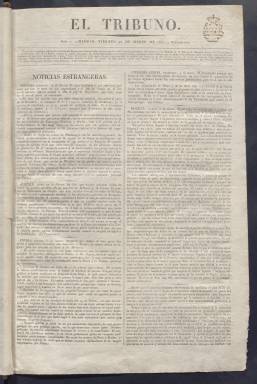
Título: El Tribuno (Madrid. 1822)
Colección: Periódicos anteriores a 1850
Ámbito geográfico: Madrid
Lugar de publicación: Madrid
Fechas: 22/03/1822-06/07/1822